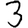
Digit: 3